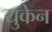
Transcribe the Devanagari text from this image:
युकेन